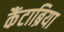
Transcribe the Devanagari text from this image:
कैंटाब्रिया